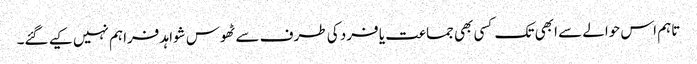
تاہم اس حوالے سے ابھی تک کسی بھی جماعت یا فرد کی طرف سے ٹھوس شواہد فراہم نہیں کیے گئے۔